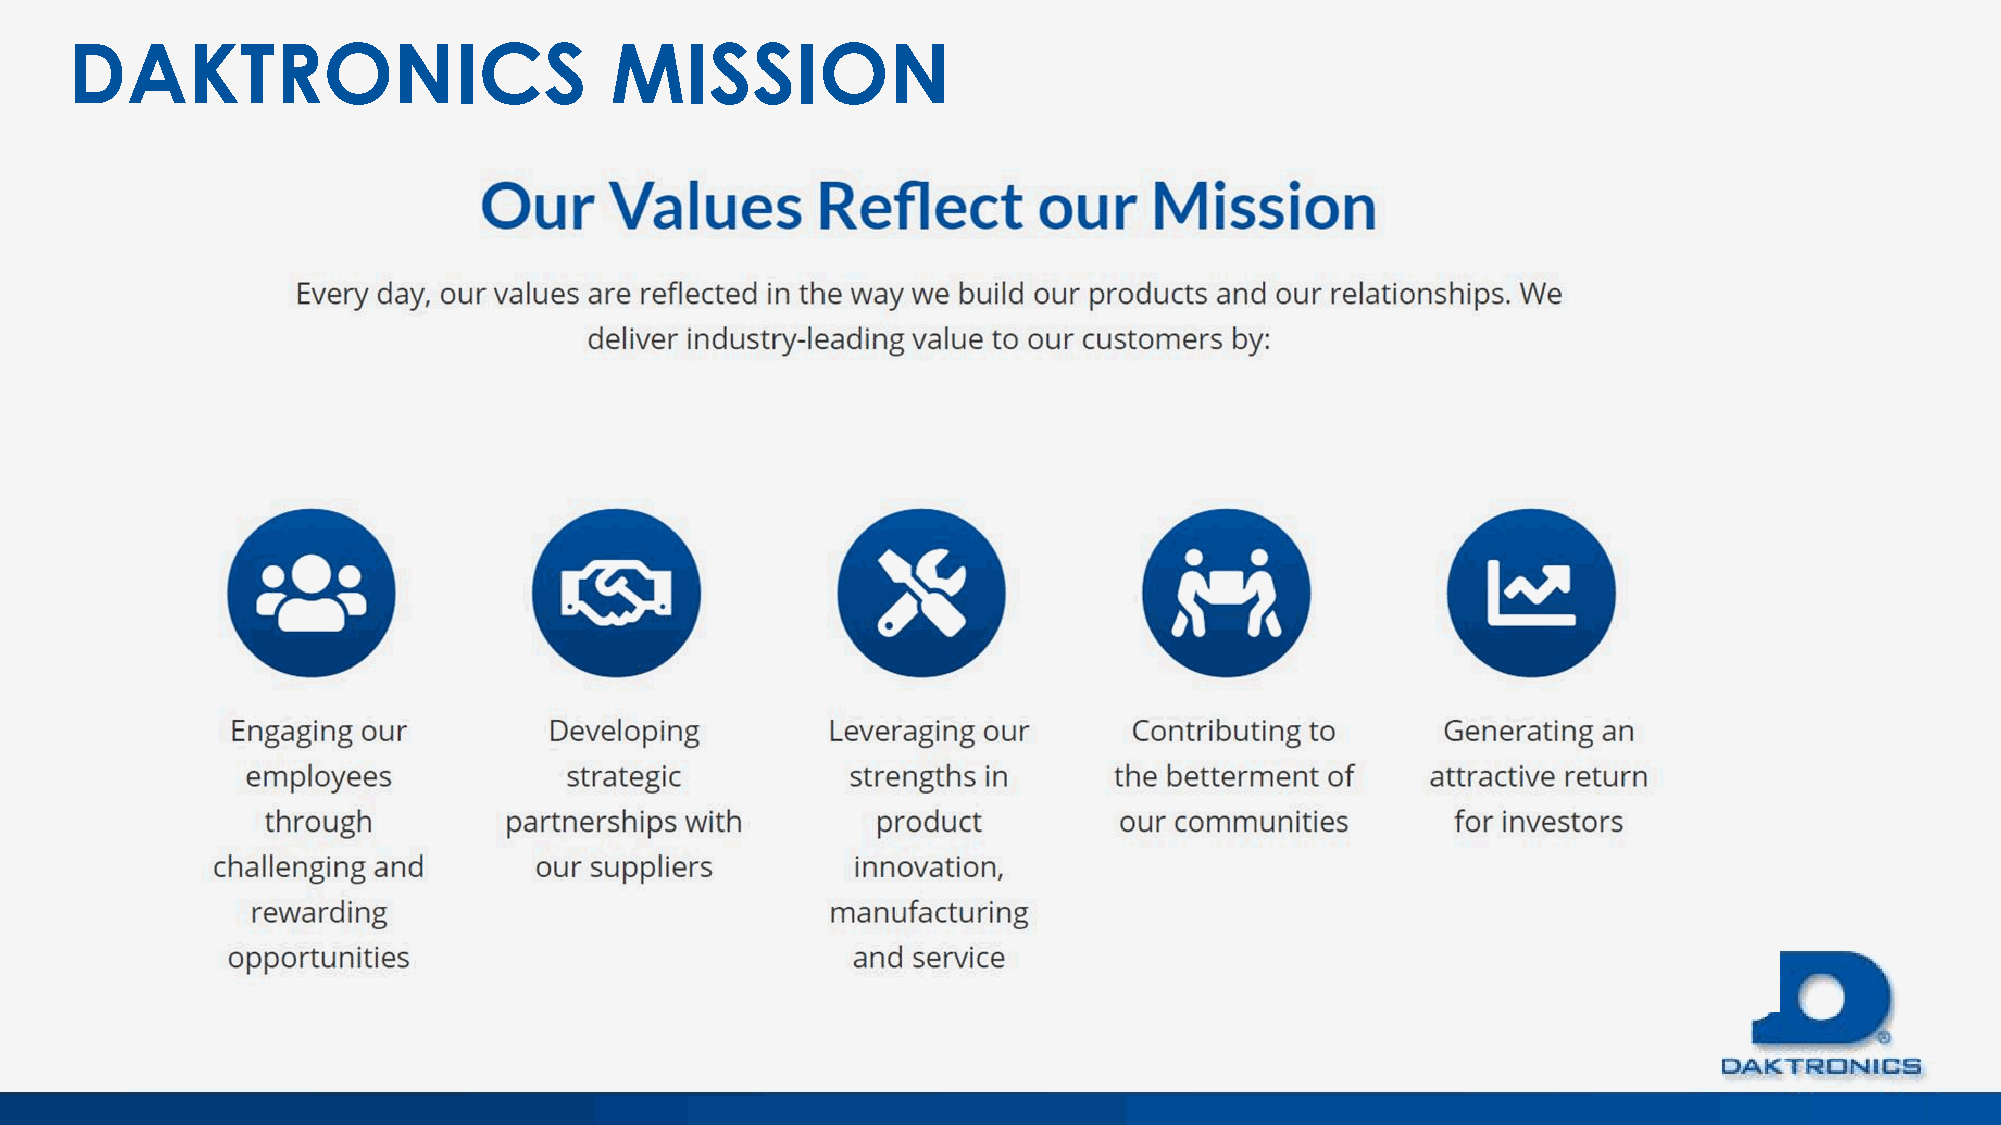
DAKTRONICS                         MISSION